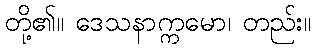
တို့၏။ ဒေသနာက္ကမော၊ တည်း။